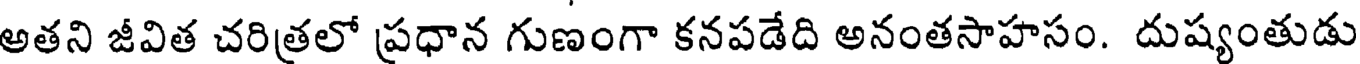
అతని జీవిత చరిత్రలో ప్రధాన గుణంగా కనపడేది అనంతసాహసం. దుష్యంతుడు